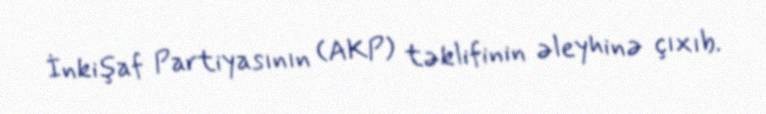
İnkişaf Partiyasının (AKP) təklifinin əleyhinə çıxıb.